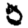
Digit: 5